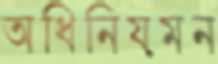
অধিনিয়মন